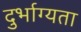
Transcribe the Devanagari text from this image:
दुर्भाग्यता